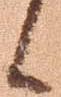
候